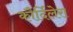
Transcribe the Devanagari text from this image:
कौर्दिलेरा